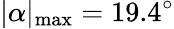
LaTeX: |\alpha|_{\mathrm{max}}=19.4^{\circ}